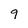
Character: 9